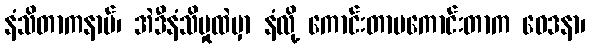
နံသိတာကနာမ်၊ အဲဒီနံသိမှုထဲမှာ နံလို့ ကောင်းတာမကောင်းတာက ဝေဒနာ၊